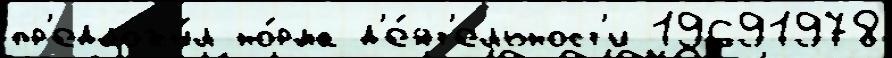
пр'едложи́л но́рма д'е́ят'ельност'и 19691978